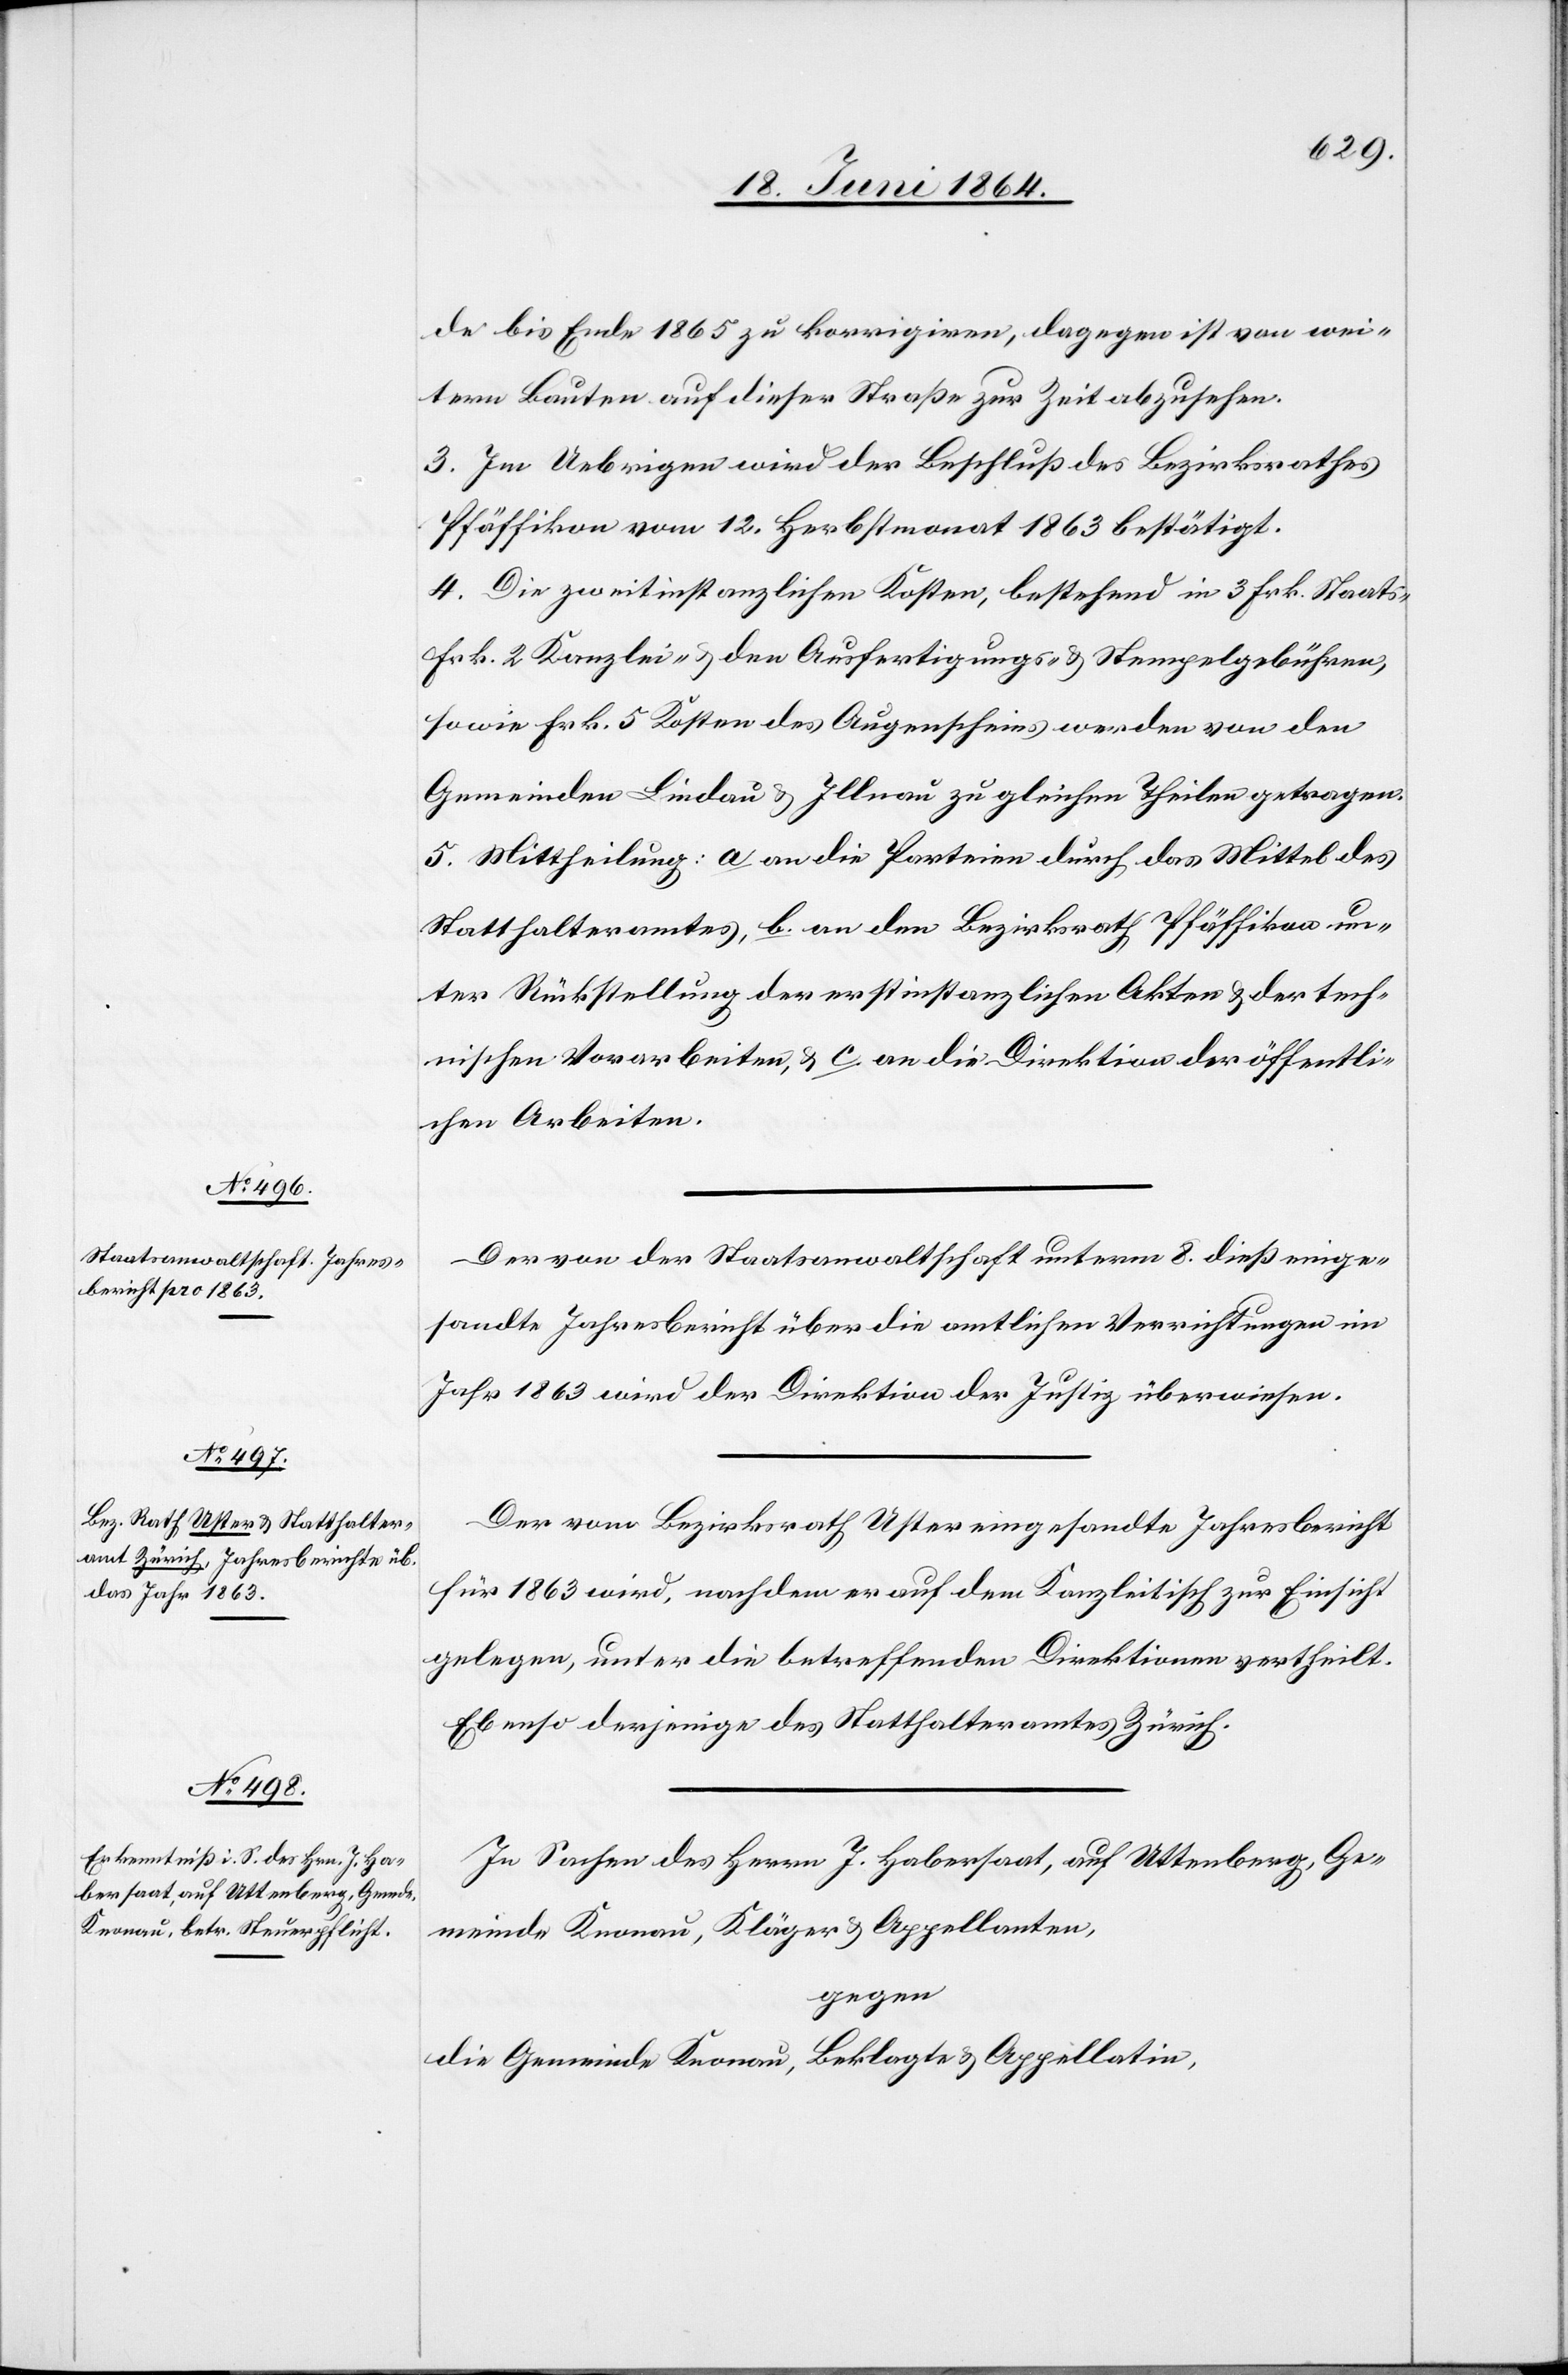
de bis Ende 1865 zu korrigieren, dagegen ist von wei¬
tern Bauten auf dieser Straßen zur Zeit abzusehen.
3. Im Uebrigen wird der Beschluß des Bezirksrathes
Pfäffikon vom 12. Herbstmonat 1863 bestätigt.
4. Die zweitinstanzlichen Kosten, bestehend in 3 Frk. Staats-[,]
Frk. 2 Kanzlei- u. den Ausfertigungs- u. Stempelgebühren,
sowie Frk. 5 Kosten des Augenscheins werden von den
Gemeinden Lindau u. Illnau zu gleichen Theilen getragen.
5. Mittheilung: a. an die Parteien durch das Mittel des
Statthalteramtes, b. an den Bezirksrath Pfäffikon un¬
ter Rückstellung der erstinstanzlichen Akten u. der tech¬
nischen Vorarbeiten, u. c. an die Direktion der öffentli¬
chen Arbeiten.
Der von der Staatsanwaltschaft unterm 8. dieß einge¬
sandte Jahresbericht über die amtlichen Verrichtungen im
Jahr 1863 wird der Direktion der Justiz überwiesen.
Der vom Bezirksrath Uster eingesandte Jahresbericht
für 1863 wird, nachdem er auf dem Kanzleitisch zur Einsicht
gelegen, unter die betreffenden Direktionen vertheilt.
Ebenso derjenige des Statthalteramtes Zürich.
In Sachen des Herrn J. Habersaat, auf Uttenberg, Ge¬
meinde Knonau, Kläger u. Appellanten,
gegen
die Gemeinde Knonau, Beklagte u. Appellatin,